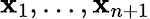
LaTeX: \mathbf{x}_{1},\ldots,\mathbf{x}_{n+1}